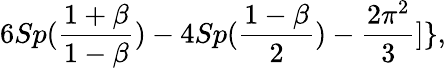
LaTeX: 6Sp({\frac{1+\beta}{1-\beta}})-4Sp({\frac{1-\beta}{2}})-{\frac{2\pi^{2}}{3}}]\} ,